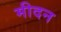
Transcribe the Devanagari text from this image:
मीदन